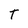
Character: T